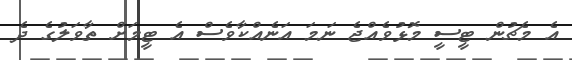
އެ މެޗުން ޓީސީ މޮޅުވެއްޖެ ނަމަ އަނެއްކާވެސް އެ ޓީމަށް ތާވަލުގެ ދެ